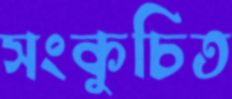
সংকুচিত